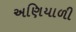
અણિયાળી